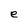
Character: e